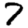
Digit: 7